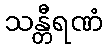
သန္တီရဏံ